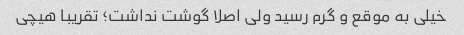
خیلی به موقع و گرم رسید ولی اصلا گوشت نداشت؛ تقریبا هیچی